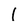
Character: 1